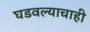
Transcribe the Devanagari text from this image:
घडवल्याचाही